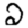
Digit: 2